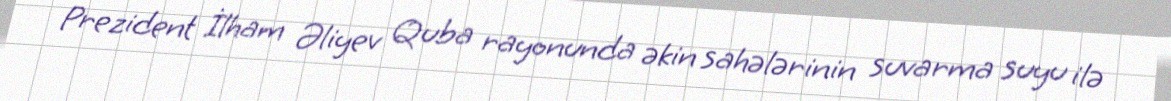
Prezident İlham Əliyev Quba rayonunda əkin sahələrinin suvarma suyu ilə